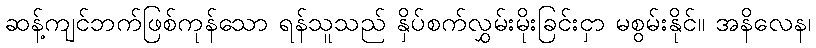
ဆန့်ကျင်ဘက်ဖြစ်ကုန်သော ရန်သူသည် နှိပ်စက်လွှမ်းမိုးခြင်းငှာ မစွမ်းနိုင်။ အနိလေန၊